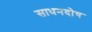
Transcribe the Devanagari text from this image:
साधनदोष